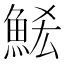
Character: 𮫶